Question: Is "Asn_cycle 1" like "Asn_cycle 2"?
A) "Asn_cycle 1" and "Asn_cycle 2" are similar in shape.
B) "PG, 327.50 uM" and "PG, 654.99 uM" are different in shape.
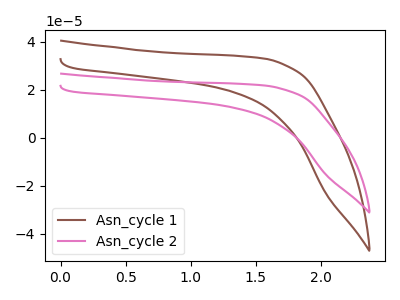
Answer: <think>The brown curve "Asn_cycle 1" has no peaks. The pink curve "Asn_cycle 2" has no peaks.
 Neither "Asn_cycle 1" or "Asn_cycle 2" have any peaks.</think>
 <answer>A) "Asn_cycle 1" and "Asn_cycle 2" are similar in shape.</answer>
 <eval>A</eval>